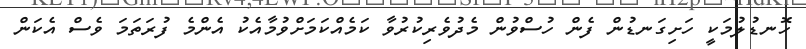
ހޮނޑުލުމަކީ ހަށިގަނޑުން ފެން ހުސްވުން މެދުވެރިކުރުވާ ކަމެއްކަމަށްވުމާއެކު އެންމެ ފުރަތަމަ ވެސް އެކަން